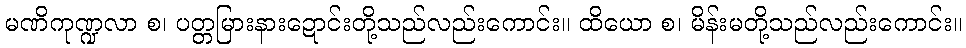
မဏိကုဏ္ဍလာ စ၊ ပတ္တမြားနားဍောင်းတို့သည်လည်းကောင်း။ ထိယော စ၊ မိန်းမတို့သည်လည်းကောင်း။